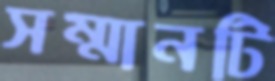
সম্মানটি